Indian journal of veterinary science and animal husbandry - Volumes 24-25, 1954-1955
Year: 1954
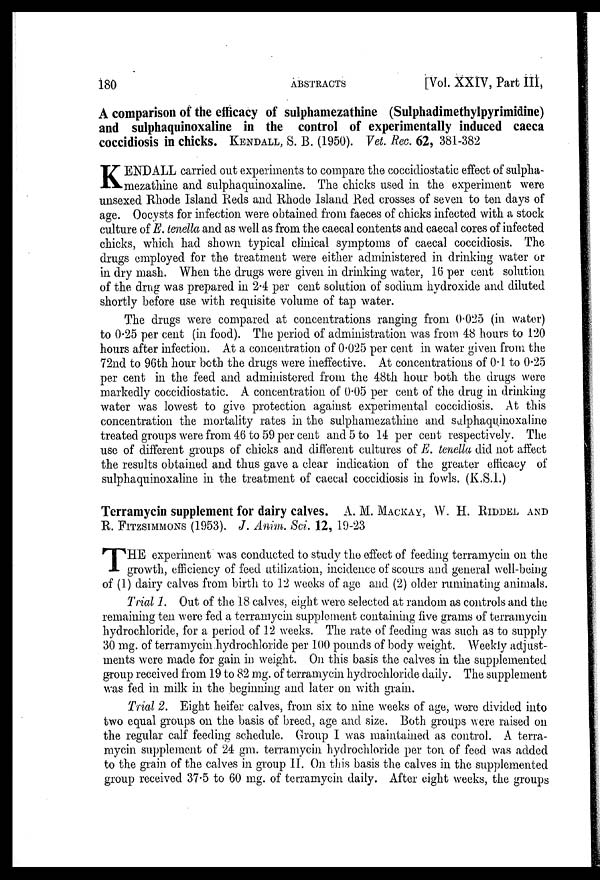
180
ABSTRACTS
[Vol. XXIV, Part III,
A comparison of the efficacy of sulphamezathine (Sulphadimethylpyrimidine)
and sulphaquinoxaline in the control of experimentally induced caeca
coccidiosis in chicks. KENDALL, S. B. (1950). Vet. Rec. 62, 381-382
K ENDALL carried out experiments to compare the coccidiostatic effect of sulpha-
mezathine and sulphaquinoxaline. The chicks used in the experiment were
unsexed Rhode Island Reds and Rhode Island Red crosses of seven to ten days of
age. Oocysts for infection were obtained from faeces of chicks infected with a stock
culture of E. tenella and as well as from the caecal contents and caecal cores of infected
chicks, which had shown typical clinical symptoms of caecal coccidiosis. The
drugs employed for the treatment were either administered in drinking water or
in dry mash. When the drugs were given in drinking water, 16 per cent solution
of the drug was prepared in 2.4 per cent solution of sodium hydroxide and diluted
shortly before use with requisite volume of tap water.
The drugs were compared at concentrations ranging from 0.025 (in water)
to 0.25 per cent (in food). The period of administration was from 48 hours to 120
hours after infection. At a concentration of 0.025 per cent in water given from the
72nd to 96th hour both the drugs were ineffective. At concentrations of 0.1 to 0.25
per cent in the feed and administered from the 48th hour both the drugs were
markedly coccidiostatic. A concentration of 0.05 per cent of the drug in drinking
water was lowest to give protection against experimental coccidiosis. At this
concentration the mortality rates in the sulphamezathine and salphaqunioxaline
treated groups were from 46 to 59 per cent and 5 to 14 per cent respectively. The
use of different groups of chicks and different cultures of E. tenella did not affect
the results obtained and thus gave a clear indication of the greater efficacy of
sulphaquinoxaline in the treatment of caecal coccidiosis in fowls. (K.S.I.)
Terramycin supplement for dairy calves. A. M. MACKAY, W. H. RIDDEL AND
R. FITZSIMMONS (1953). J. Anim. Sci. 12, 19.23
T HE experiment was conducted to study the effect of feeding terramycin on the
growth, efficiency of feed utilization, incidence of scours and general well-being
of (1) dairy calves from birth to 12 weeks of age and (2) older ruminating animals.
Trial 1. Out of the 18 calves, eight were selected at random as controls and the
remaining ten were fed a terramycin supplement containing five grams of terramycin
hydrochloride, for a period of 12 weeks. The rate of feeding was such as to supply
30 mg. of terramycin hydrochloride per 100 pounds of body weight. Weekly adjust-
ments were made for gain in weight. On this basis the calves in the supplemented
group received from 19 to 82 mg. of terramycin hydrochloride daily. The supplement
was fed in milk in the beginning and later on with grain.
Trial 2. Eight heifer calves, from six to nine weeks of age, were divided into
two equal groups on the basis of breed, age and size. Both groups were raised on
the regular calf feeding schedule. Group I was maintained as control. A terra-
mycin supplement of 24 gm. terramycin hydrochloride per ton of feed was added
to the grain of the calves in group II. On this basis the calves in the supplemented
group received 37.5 to 60 mg. of terramycin daily. After eight weeks, the groups